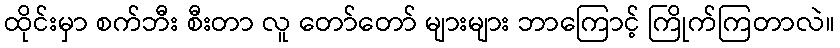
ထိုင်းမှာ စက်ဘီး စီးတာ လူ တော်တော် များများ ဘာကြောင့် ကြိုက်ကြတာလဲ။